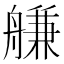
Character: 𦩵